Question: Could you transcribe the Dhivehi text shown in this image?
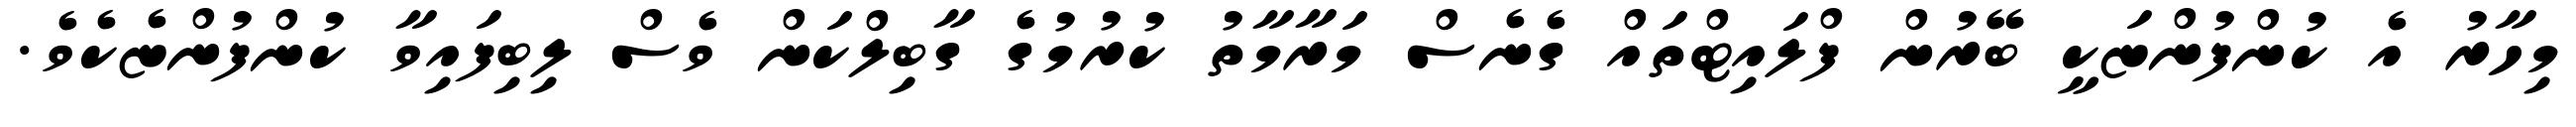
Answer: މިހާރު އެ ކުންފުންޏަކީ ބޭރުން ފްލައިޓްތައް ގެނެސް މަރާމާތު ކުރުމުގެ ގާބިލްކަން ވެސް ލިބިފައިވާ ކުންފުންޏެކެވެ.